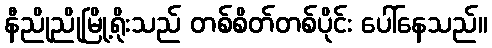
နီညိုညိုမြို့ရိုးသည် တစ်စိတ်တစ်ပိုင်း ပေါ်နေသည်။